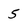
Character: 5